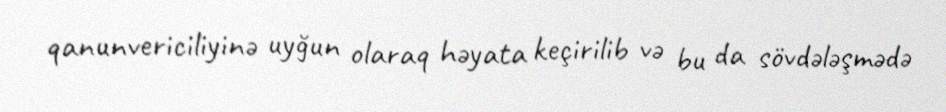
qanunvericiliyinə uyğun olaraq həyata keçirilib və bu da sövdələşmədə